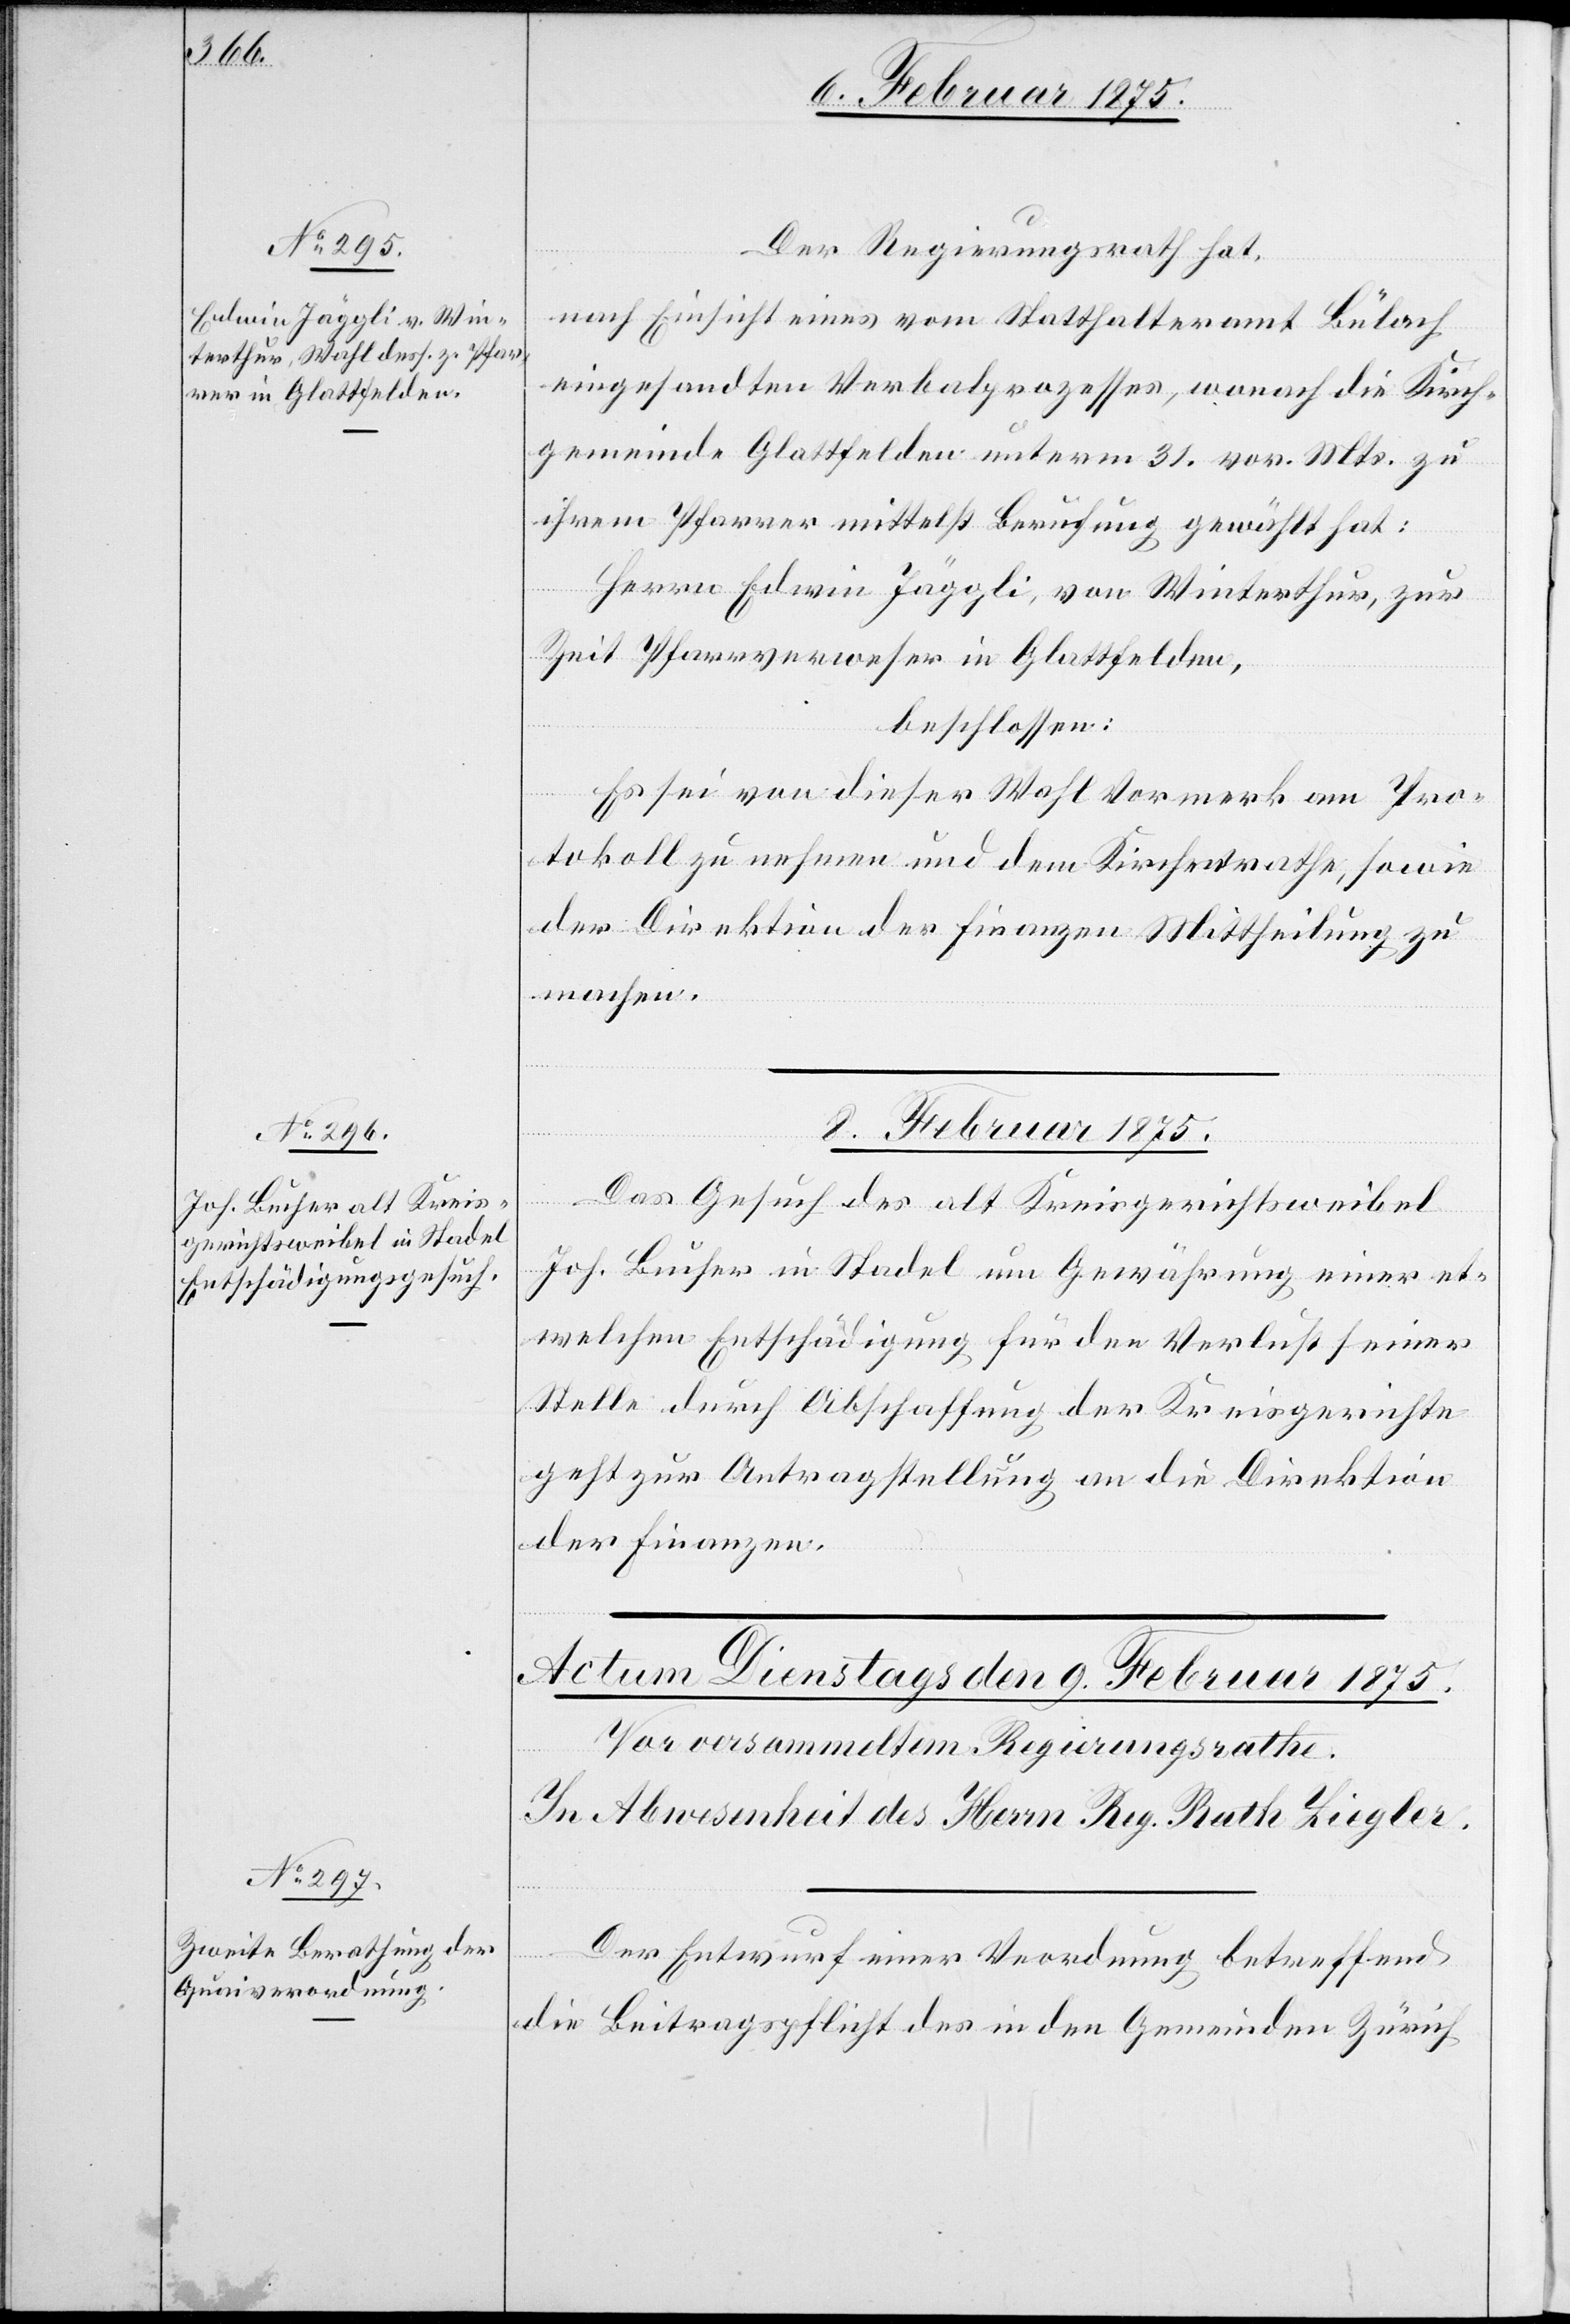
6. Februar 1875.]
Der Regierungsrath hat,
nach Einsicht eines vom Statthalteramt Bülach
eingesandten Verbalprozesses, wonach die Kirch¬
gemeinde Glattfelden unterm 31. vor. Mts. zu
ihrem Pfarrer mittelst Berufung gewählt hat:
Herr Edwin Jäggli, von Winterthur, zur
Zeit Pfarrverweser in Glattfelden,
beschlossen:
Es sei von dieser Wahl Vormerk am Pro¬
tokoll zu nehmen und dem Kirchenrathe, sowie
der Direktion der Finanzen Mittheilung zu
machen.
8. Februar 1875.
Das Gesuch des alt Kreisgerichtsweibel
Joh. Bucher in Stadel um Gewährung einer et¬
welchen Entschädigung für den Verlust seiner
Stelle durch Abschaffung der Kreisgerichte
geht zur Antragstellung an die Direktion
der Finanzen.
Der Entwurf einer Verordnung betreffend
die Beitragspflicht des in den Gemeinden Zürich